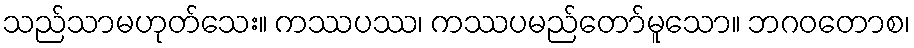
သည်သာမဟုတ်သေး။ ကဿပဿ၊ ကဿပမည်တော်မူသော။ ဘဂဝတောစ၊